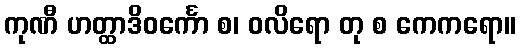
ကုဏီ ဟတ္ထာဒိဝင်္ကော စ၊ ဝလိရော တု စ ကေကရော။